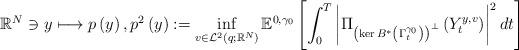
LaTeX: \begin{align*}\left.\mathbb{R}^{N}\ni y\longmapsto p\left( y\right) ,p^{2}\left( y\right):=\inf_{v\in\mathcal{L}^{2}\left( q;\mathbb{R}^{N}\right) }\mathbb{E}^{0,\gamma_{0}}\left[ \int_{0}^{T}\left\vert\Pi_{\left( \ker B^{\ast}\left( \Gamma_{t}^{\gamma_{0}}\right) \right)^{\bot}}\left( Y_{t}^{y,v}\right) \right\vert ^{2}dt\right] \right.\end{align*}